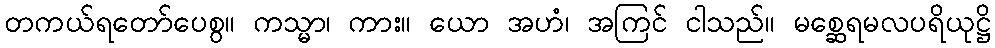
တကယ်ရတော်ပေစွ။ ကသ္မာ၊ ကား။ ယော အဟံ၊ အကြင် ငါသည်။ မစ္ဆေရမလပရိယုဋ္ဌိ